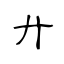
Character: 廾